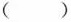
()